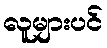
လူများပင်